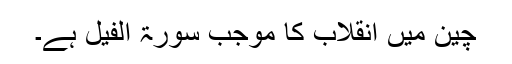
چین میں انقلاب کا موجب سورۃ الفیل ہے۔